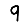
Digit: 9